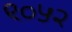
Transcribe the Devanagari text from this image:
९०५२